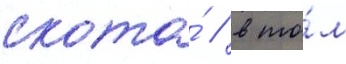
скота́ / в то́м